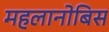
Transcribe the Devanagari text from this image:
महलानोबिस